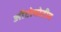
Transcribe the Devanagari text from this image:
ऑटोमोटीव